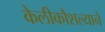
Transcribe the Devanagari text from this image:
केलीकौशल्याने